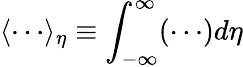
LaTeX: \langle\cdots\rangle_{\eta}\equiv\int_{-\infty}^{\infty}(\cdots)d\eta